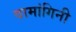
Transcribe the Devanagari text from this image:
वामांगिनी